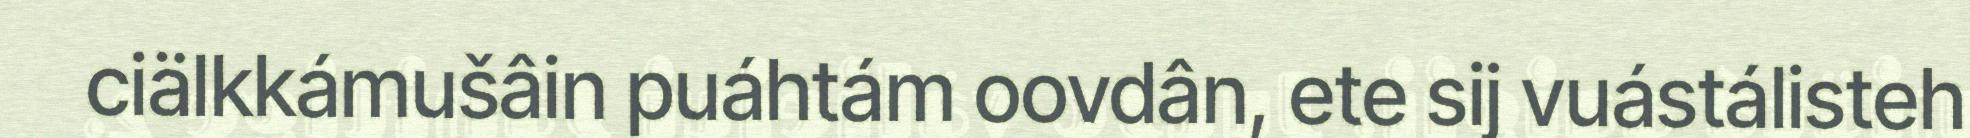
ciälkkámušâin puáhtám oovdân, ete sij vuástálisteh